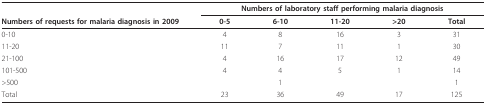
|  | <COLSPAN=5> Numbers of laboratory staff performing malaria diagnosis |
 | Numbers of requests for malaria diagnosis in 2009 | 0-5 | 6-10 | 11-20 | >20 | Total |
 | --- | --- | --- | --- | --- | --- |
 | 0-10 | 4 | 8 | 16 | 3 | 31 |
 | 11-20 | 11 | 7 | 11 | 1 | 30 |
 | 21-100 | 4 | 16 | 17 | 12 | 49 |
 | 101-500 | 4 | 4 | 5 | 1 | 14 |
 | >500 |  | 1 |  |  | 1 |
 | Total | 23 | 36 | 49 | 17 | 125 |